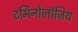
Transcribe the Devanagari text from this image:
टर्मिनोलॉजिय